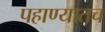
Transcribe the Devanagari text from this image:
पहाण्यातच